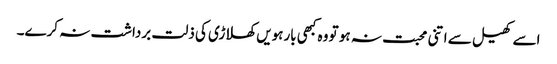
اسے کھیل سے اتنی محبت نہ ہو تو وہ کبھی بارہویں کھلاڑی کی ذلت برداشت نہ کرے۔